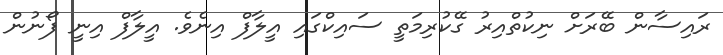
ރައިސާން ބޭރަށް ނިކުތްއިރު ގޭކުރިމަތީ ސައިކްގައި އީލާފް އިނެވެ. އީލާފް އިނީ ފޯނުން